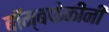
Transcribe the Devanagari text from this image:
बॉम्बफेकींनी